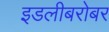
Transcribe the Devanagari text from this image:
इडलीबरोबर